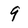
Character: 9